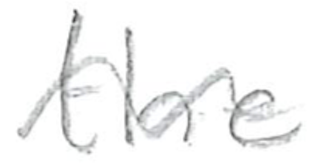
Text: the
Cross-out: wave
Writing tool: pencil